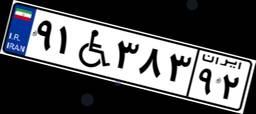
۷۶W۲۱۲۷۷